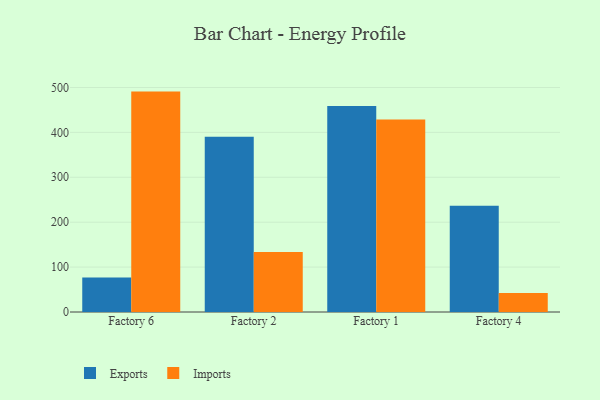
{"axis": {"x": "Factory", "y": "Production Output"}, "legend": ["Exports", "Imports"], "data": [{"x": "Factory 6", "y": 77.1, "type": "Exports"}, {"x": "Factory 6", "y": 490.8, "type": "Imports"}, {"x": "Factory 2", "y": 390.0, "type": "Exports"}, {"x": "Factory 2", "y": 133.4, "type": "Imports"}, {"x": "Factory 1", "y": 458.5, "type": "Exports"}, {"x": "Factory 1", "y": 428.4, "type": "Imports"}, {"x": "Factory 4", "y": 236.4, "type": "Exports"}, {"x": "Factory 4", "y": 42.5, "type": "Imports"}]}